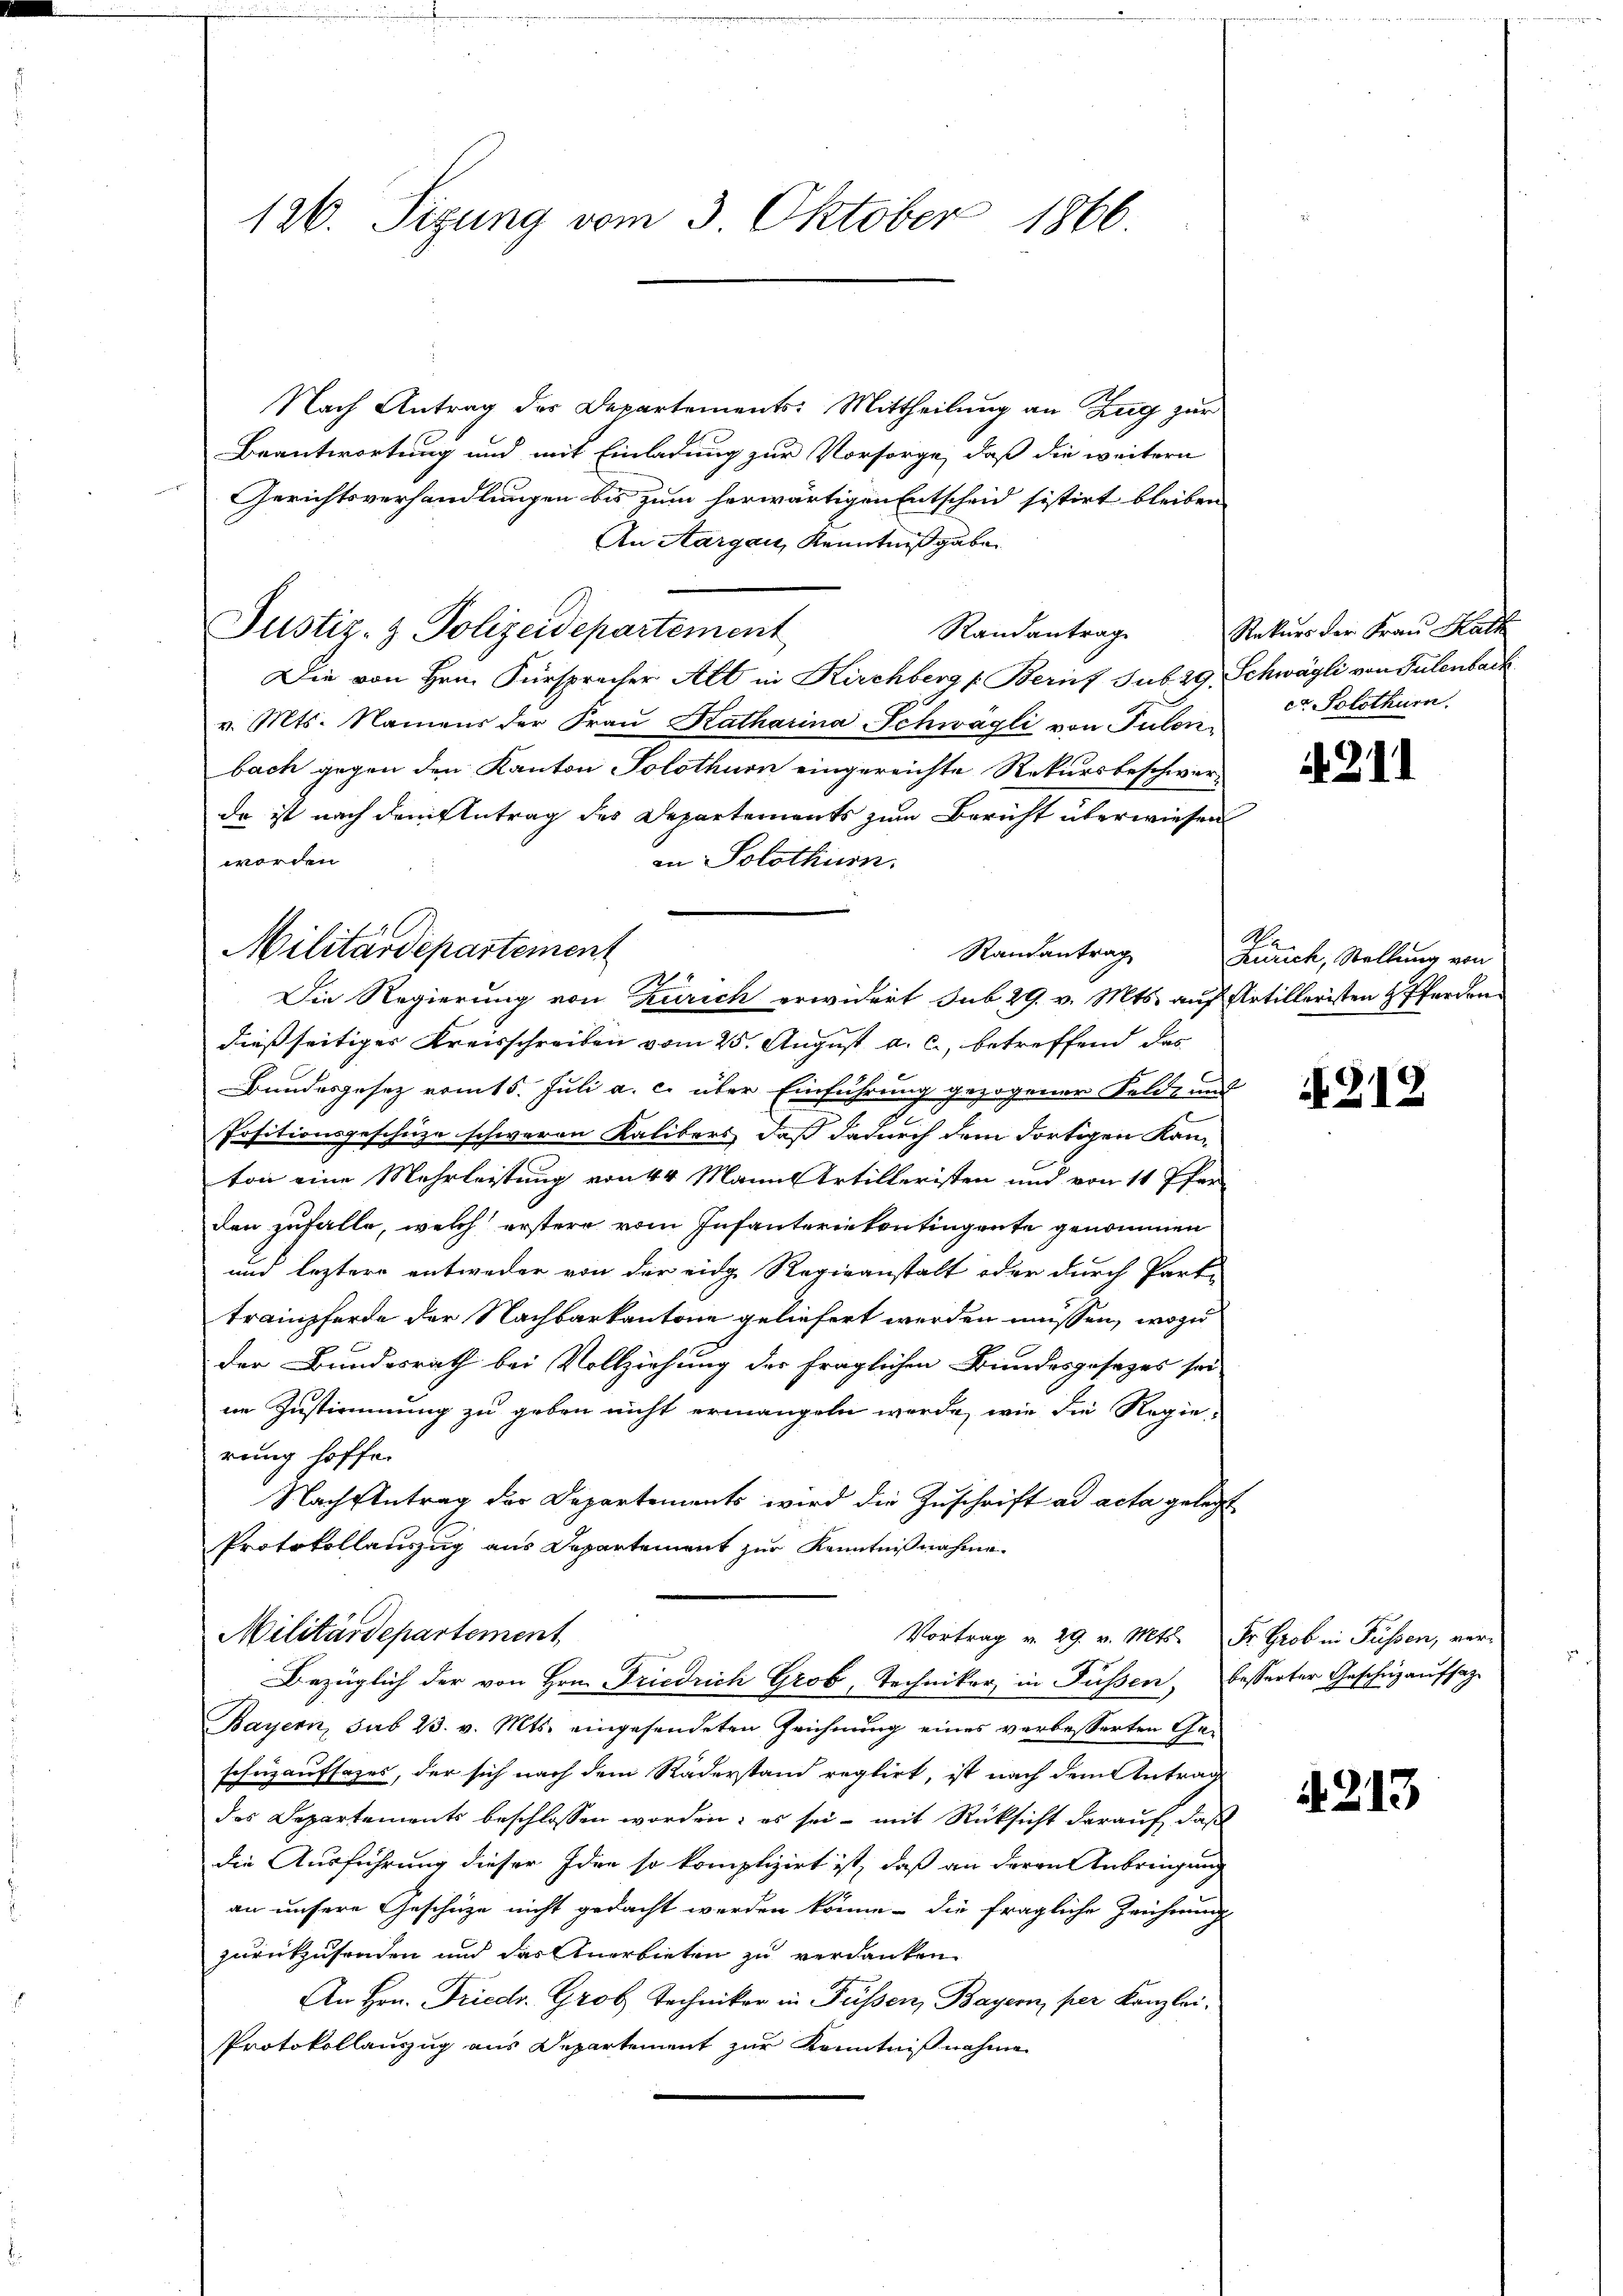
126. Sizung vom 3. Oktober 1866.

Nach Antrag der Departements: Mittheilung an Zug zur
Beantwortung und mit Einladung zur Vorsorge, daß die weitern
Gerichtsverhandlungen bis zum herwärtigen Entscheid sistirt bleiben
An Aargau, Kenntniß gäbe.
Justiz- & Polizeidepartement
Randantrag
Die von Hrn. Fürsprecher Alt in Kirchberg [Beruf sub. 29. Schwägli von Tulenbark
v. Mts. Namens der Fraŭ Katharina Schwagli von Tulenbach gegen den Kanton Solothurn eingereichte Rekursbeschwer-
da ist nach dem Antrag des Departements zum Bericht überwiesen
in Solothurn.
Randantrag
Die Regierung von Zürich erwidert sub 29. v. Mts. auf Artilleristen Pferden
dießseitiger Kreisschreiben vom 25. August a. c., betreffend das
Bundesgesetz vom 15. Juli a. c. über Einführung gezogener Felde und
Positionsgeschüze schweren Kalibers, daß dadurch dem dortigen Kon-
ton eine Mehrleistung von 44 Mann Artilleristen und von 11 Pfer-
den zufalle, welch erstere vom Infanteriekontingente genommen
und leztere entweder von der eidge Regieanstalt oder durch Parte
trainpferde der Nachbarkantone geliefert werden müssen, wozu
der Bundesrath bei Vollziehung der fraglichen Bundesgesages sei
ne Zustimmung zu geben nicht ermangeln werde, wie die Regie-
rung hoffe.
Nachsantrag der Departements wird die Zuschrift ad acta gelegt
Protokollauszug aus Departement zur Kenntnißnahme.
Militärdepartement
Vortrag v. 29. v. Mts. Fr. Grob in Füssen, ver-
Bezüglich der von Hrn. Friedrich Grob, Techniker in Füssen, besserter Geschüzaufsatz
Bayern, sub 23. v. Mts. eingesendeten Zeichnŭng eines verbesserten Ge-
schuzaufsazes, der sich nach dem Räderstand reglirt, ist nach dem Antrag
des Departements beschlossen worden; es sei - mit Rücksicht darauf, daß
die Ausführung dieser Idee so komplizirt ist, daß an deren Anbringung
an unsere Geschüze nicht gedacht werden könne. Die fragliche Zeichnung
zurückzusenden und das Anerbieten zu verdanken
An Hrn. Friedr. Grob Techniker in Füssen, Bayern, per Kanzlei¬
Protokollauszug aus Departement zur Kenntnißnahme

worden.
Militärdepartement

1

Rekurs der Frau Kath
ct. Solothurn.

i 21.

Zürich, Stellung von

212

213